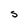
Character: s